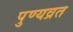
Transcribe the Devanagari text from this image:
पुण्यव्रत